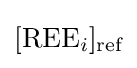
{[{\text{REE}}_{i}]_{\text{ref}}}